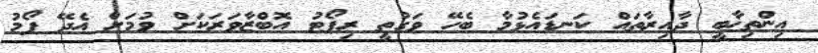
އިންތިޚާބީ ދާއިރާތައް ކަނޑައެޅުމާ ބެހޭ ވަގުތީ ރިޕޯޓު އޮބްޒާވަރަކަށް ވުމަށް އެދޭ ފޯމު